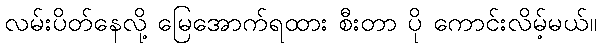
လမ်းပိတ်နေလို့ မြေအောက်ရထား စီးတာ ပို ကောင်းလိမ့်မယ်။